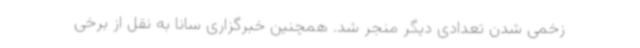
زخمی شدن تعدادی دیگر منجر شد. همچنین خبرگزاری سانا به نقل از برخی